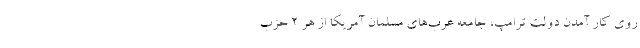
روی کار آمدن دولت ترامپ، جامعه عرب‌های مسلمان آمریکا از هر 2 حزب